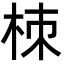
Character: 栜